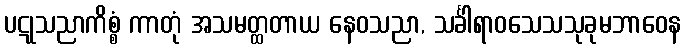
ပဋုသညာကိစ္စံ ကာတုံ အသမတ္ထတာယ နေဝသညာ, သင်္ခါရာဝသေသသုခုမဘာဝေန